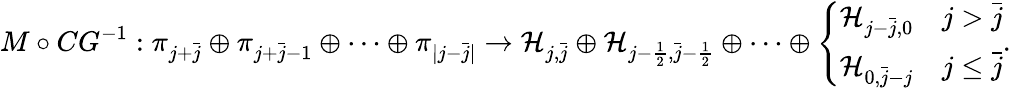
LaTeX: M\circ CG^{-1}:\pi_{j+\bar{j}}\oplus\pi_{j+\bar{j}-1}\oplus\cdots\oplus\pi_{|j-\bar{j}|}\to\mathcal{H}_{j,\bar{j}}\oplus\mathcal{H}_{j-\frac{1}{2},\bar{j}-\frac{1}{2}}\oplus\cdots\oplus\left\{ \begin{array}{ll}{\mathcal{H}_{j-\bar{j},0}}&{j>\bar{j}}\\ {\mathcal{H}_{0,\bar{j}-j}}&{j\leq\bar{j}}\end{array}\right..